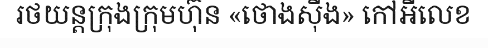
រថយន្តក្រុងក្រុមហ៊ុន «ថោងស៊ីង» កៅអីលេខ